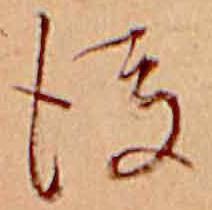
後